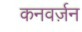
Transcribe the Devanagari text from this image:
कनवर्ज़न